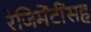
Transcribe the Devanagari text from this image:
रेजिमेंटींसह